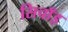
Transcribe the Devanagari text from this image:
सिचाँइ